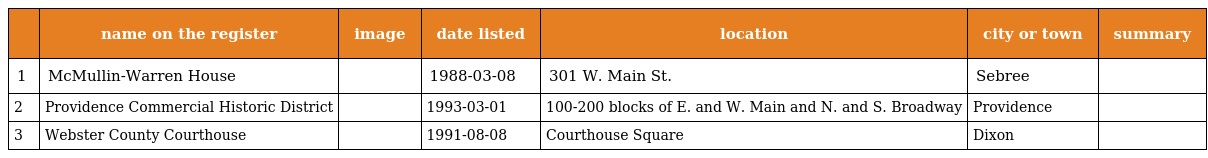
|  | name on the register | image | date listed | location | city or town | summary |
 | --- | --- | --- | --- | --- | --- | --- |
 | 1 | McMullin-Warren House |  | 1988-03-08 | 301 W. Main St. | Sebree |  |
 | 2 | Providence Commercial Historic District |  | 1993-03-01 | 100-200 blocks of E. and W. Main and N. and S. Broadway | Providence |  |
 | 3 | Webster County Courthouse |  | 1991-08-08 | Courthouse Square | Dixon |  |